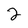
Character: 2